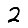
Digit: 2